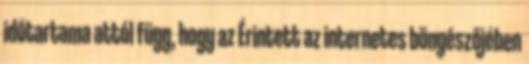
időtartama attól függ, hogy az Érintett az internetes böngészőjében